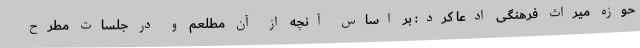
حوزه میراث فرهنگی ادعا کرد: بر اساس آنچه از آن مطلعم و در جلسات مطرح